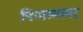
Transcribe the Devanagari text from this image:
निजामावर्